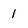
Character: 1